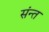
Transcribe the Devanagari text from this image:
संन्त